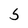
Character: 5